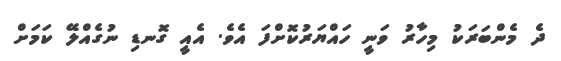
ދެ މެންބަރަކު މިހާރު ވަނީ ހައްޔަރުކޮށްފަ އެވެ. އެއީ ގޮނޑި ނުގެއްލޭ ކަމަށް